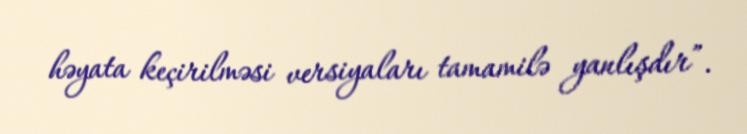
həyata keçirilməsi versiyaları tamamilə yanlışdır”.